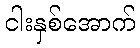
ငါးနှစ်အောက်